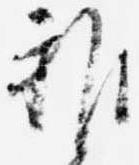
雑